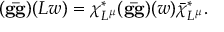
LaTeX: ( { \bf g \bar { g } } ) ( L w ) = \chi _ { L ^ { \mu } } ^ { * } ( { \bf g \bar { g } } ) ( w ) \bar { \chi } _ { L ^ { \mu } } ^ { * } .